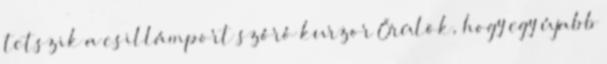
tetszik a csillámport szóró kurzor Örülök, hogy egy újabb